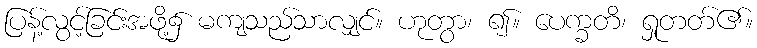
ပြန့်လွင့်ခြင်းအဖို့၌ မကျသည်သာလျှင်။ ဟုတွာ၊ ၍။ ပေက္ခတိ၊ ရှုတတ်၏။